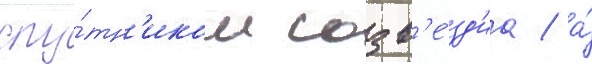
спу́тн'иком созв'е́зд'иа / а́